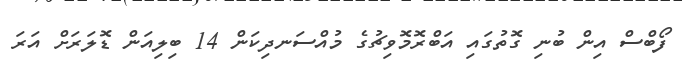
ފޯބްސް އިން ބުނި ގޮތުގައި އަބްރޮމޮވިޗުގެ މުއްސަނދިކަން 14 ބިލިއަން ޑޮލަރަށް އަރަ